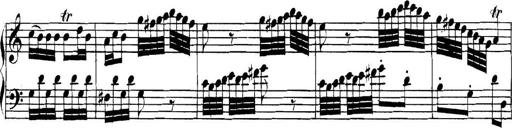
Title: Collected Piano Sonatas
Composer: Muzio Clementi